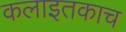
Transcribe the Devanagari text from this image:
कलाइतकाच